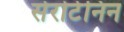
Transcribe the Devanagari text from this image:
सेरोटेनिन